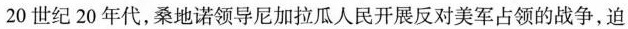
20世纪20年代，桑地诺领导尼加拉瓜人民开展反对美军占领的战争，迫